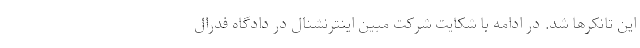
این تانکرها شد. در ادامه با شکایت شرکت مبین اینترنشنال در دادگاه فدرال